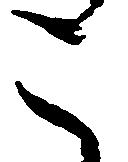
こ